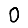
Digit: 0